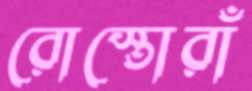
রোস্তোরাঁ